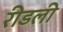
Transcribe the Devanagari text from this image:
रीडली